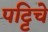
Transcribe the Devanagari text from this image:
पट्टिचे